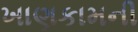
ખાણકામની